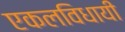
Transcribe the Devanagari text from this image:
एकलविधायी